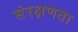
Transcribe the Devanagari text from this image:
संरक्षणता